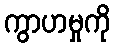
ကွာဟမှုကို